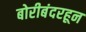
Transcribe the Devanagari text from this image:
बोरीबंदरहून